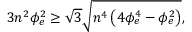
3 n ^ { 2 } \phi _ { e } ^ { 2 } \ge \sqrt { 3 } \sqrt { n ^ { 4 } \left( 4 \phi _ { e } ^ { 4 } - \phi _ { e } ^ { 2 } \right) } ,